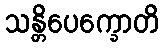
သန္တိပေက္ခောတိ